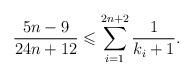
LaTeX: \begin{align*}\dfrac{5n-9}{24n+12}\leqslant \sum_{i=1}^{2n+2}\dfrac{1}{k_i+1}.\end{align*}